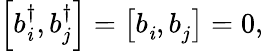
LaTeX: \left[b_{\mathit{i}}^{\dagger},b_{j}^{\dagger}\right]=\left[b_{\mathit{i}}^{\, },b_{j}^{\, }\right]=0,